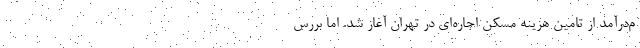
م‌‌درآمد از تامین هزینه مسکن اجاره‌‌ای در تهران آغاز شد. اما بررس